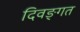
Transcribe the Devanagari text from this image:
दिवङ्गत